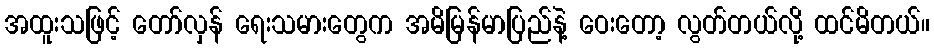
အထူးသဖြင့် တော်လှန် ရေးသမားတွေက အမိမြန်မာပြည်နဲ့ ဝေးတော့ လွတ်တယ်လို့ ထင်မိတယ်။